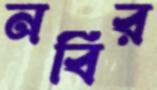
নবির